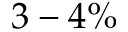
3 - 4 \%